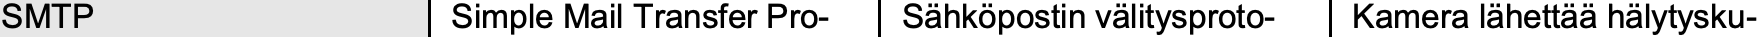
SMTP           Simple Mail Transfer Pro- Sähköpostin välitysproto- Kamera lähettää hälytysku-